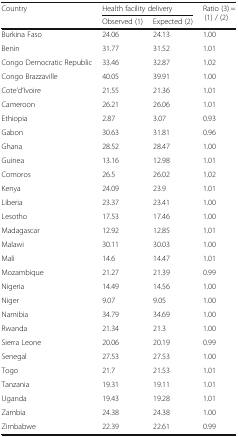
| <ROWSPAN=2> Country | <COLSPAN=2> Health facility delivery | <ROWSPAN=2> Ratio (3) = (1) / (2) |
 | Observed (1) | Expected (2) |
 | --- | --- | --- | --- |
 | Burkina Faso | 24.06 | 24.13 | 1.00 |
 | Benin | 31.77 | 31.52 | 1.01 |
 | Congo Democratic Republic | 33.46 | 32.87 | 1.02 |
 | Congo Brazzaville | 40.05 | 39.91 | 1.00 |
 | Cote’d’Ivoire | 21.55 | 21.36 | 1.01 |
 | Cameroon | 26.21 | 26.06 | 1.01 |
 | Ethiopia | 2.87 | 3.07 | 0.93 |
 | Gabon | 30.63 | 31.81 | 0.96 |
 | Ghana | 28.52 | 28.47 | 1.00 |
 | Guinea | 13.16 | 12.98 | 1.01 |
 | Comoros | 26.5 | 26.02 | 1.02 |
 | Kenya | 24.09 | 23.9 | 1.01 |
 | Liberia | 23.37 | 23.41 | 1.00 |
 | Lesotho | 17.53 | 17.46 | 1.00 |
 | Madagascar | 12.92 | 12.85 | 1.01 |
 | Malawi | 30.11 | 30.03 | 1.00 |
 | Mali | 14.6 | 14.47 | 1.01 |
 | Mozambique | 21.27 | 21.39 | 0.99 |
 | Nigeria | 14.49 | 14.56 | 1.00 |
 | Niger | 9.07 | 9.05 | 1.00 |
 | Namibia | 34.79 | 34.69 | 1.00 |
 | Rwanda | 21.34 | 21.3 | 1.00 |
 | Sierra Leone | 20.06 | 20.19 | 0.99 |
 | Senegal | 27.53 | 27.53 | 1.00 |
 | Togo | 21.7 | 21.53 | 1.01 |
 | Tanzania | 19.31 | 19.11 | 1.01 |
 | Uganda | 19.43 | 19.28 | 1.01 |
 | Zambia | 24.38 | 24.38 | 1.00 |
 | Zimbabwe | 22.39 | 22.61 | 0.99 |